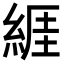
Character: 𦁩